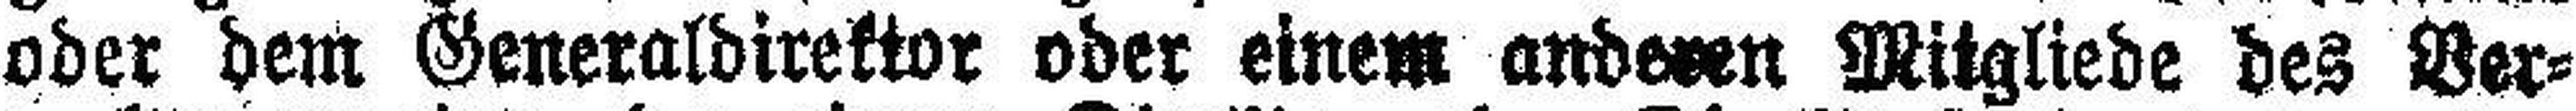
oder dem Generaldirektor oder einem anderen Mitgliede des Ber¬